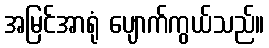
အမြင်အာရုံ ပျောက်ကွယ်သည်။